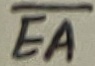
Text: EA